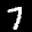
Label: 7